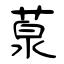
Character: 葲